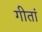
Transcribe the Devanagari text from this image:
गीतां